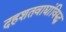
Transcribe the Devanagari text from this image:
दहशतवाद्यांविरुद्ध